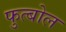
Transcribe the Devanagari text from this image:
फुत्बोल